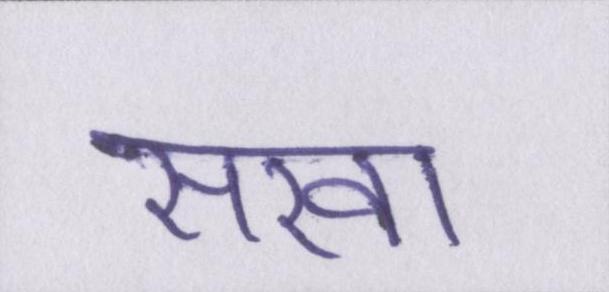
सखा